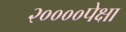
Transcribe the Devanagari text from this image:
२००००पेक्षा